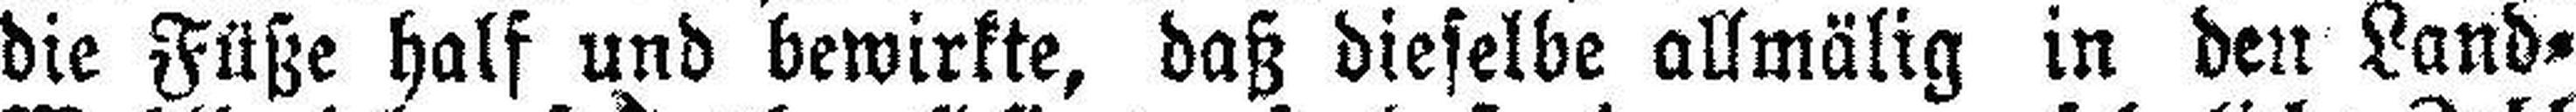
die Füße half und bewirkte, daß dieselbe allmälig in den Land¬